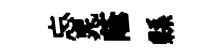
忘晁蔭縣